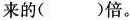
来的()倍。